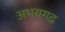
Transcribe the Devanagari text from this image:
अभयगढ